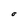
Character: O